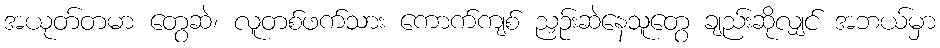
အယုတ်တမာ တွေဆဲ၊ လူတစ်ဖက်သား ကောက်ကျစ် ညှဉ်းဆဲနေသူတွေ ချည်းဆိုလျှင် အဘယ်မှာ